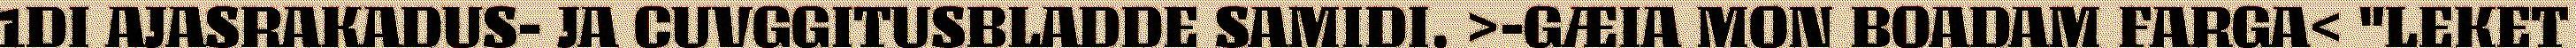
1DI AJASRAKADUS- JA CUVGGITUSBLADDE SAMIDI. >-GÆIA MON BOADAM FARGA< "LEKET